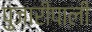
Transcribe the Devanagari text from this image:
पुजारीपाली